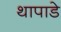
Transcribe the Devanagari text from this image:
थापाडे